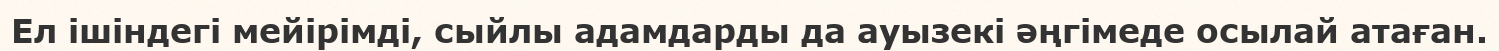
Ел ішіндегі мейірімді, сыйлы адамдарды да ауызекі әңгімеде осылай атаған.